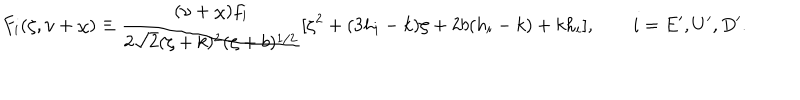
F _ { i } ( \zeta , \upsilon + \chi ) \equiv \frac { ( \upsilon + \chi ) f _ { i } } { 2 \sqrt { 2 } ( \zeta + k ) ^ { 2 } ( \zeta + b ) ^ { 1 / 2 } } [ \zeta ^ { 2 } + ( 3 h _ { i } - k ) \zeta + 2 b ( h _ { i } - k ) + k h _ { i } ] , \qquad i = E ^ { \prime } , U ^ { \prime } , D ^ { \prime } .